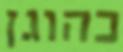
כהוגן